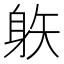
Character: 䠶